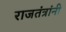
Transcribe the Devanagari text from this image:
राजतंत्रांनी